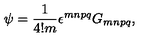
\psi = \frac { 1 } { 4 ! m } \epsilon ^ { m n p q } G _ { m n p q } ,